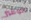
الوفير